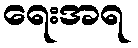
ရေးအရ